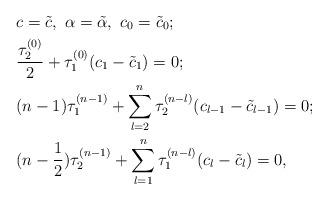
LaTeX: \begin{align*} & c =\tilde{c},\ \alpha = \tilde{\alpha},\ c_{0} = \tilde{c}_{0};\\& \frac{\tau_{2}^{(0)}}{2} + \tau_{1}^{(0)} ( c_{1} - \tilde{c}_{1}) =0;\\ & (n-1) \tau_{1}^{(n-1)} + \sum_{l=2}^{n} \tau_{2}^{(n-l)} (c_{l-1} -\tilde{c}_{l-1}) =0;\\& (n-\frac{1}{2}) \tau_{2}^{(n-1)} + \sum_{l=1}^{n} \tau_{1}^{(n-l)} (c_{l} - \tilde{c}_{l}) =0,\end{align*}